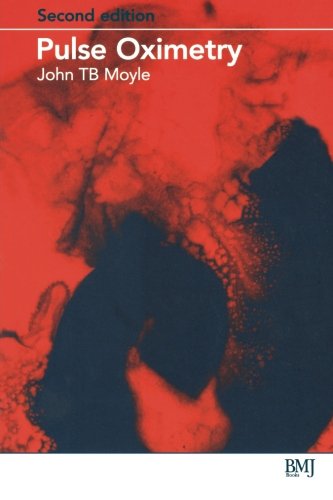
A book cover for Pulse Oximetry (Principles and Practice of Gynecologic Oncology (Hoskins)); John Moyle; Medical Books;